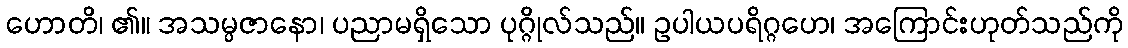
ဟောတိ၊ ၏။ အသမ္ပဇာနော၊ ပညာမရှိသော ပုဂ္ဂိုလ်သည်။ ဥပါယပရိဂ္ဂဟေ၊ အကြောင်းဟုတ်သည်ကို